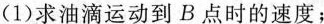
(1)求油滴运动到B点时的速度；